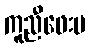
ကူညီဖေးမ